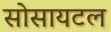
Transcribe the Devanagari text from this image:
सोसायटल